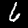
Label: 6